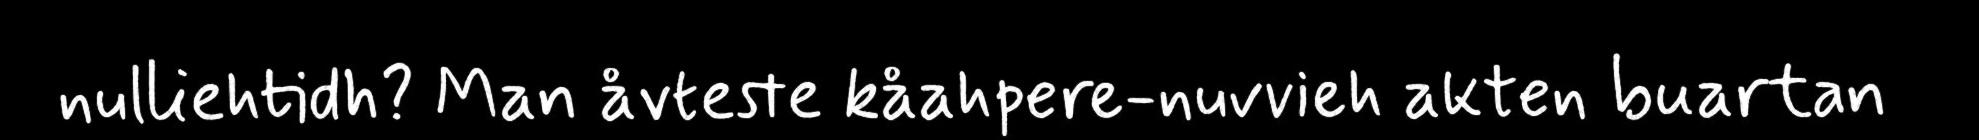
nulliehtidh? Man åvteste kåahpere-nuvvieh akten buartan